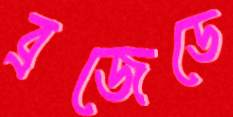
ব্রজেডে